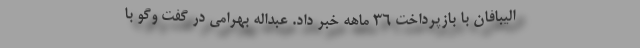
الیبافان با بازپرداخت ۳۶ ماهه خبر داد. عبداله بهرامی در گفت وگو با